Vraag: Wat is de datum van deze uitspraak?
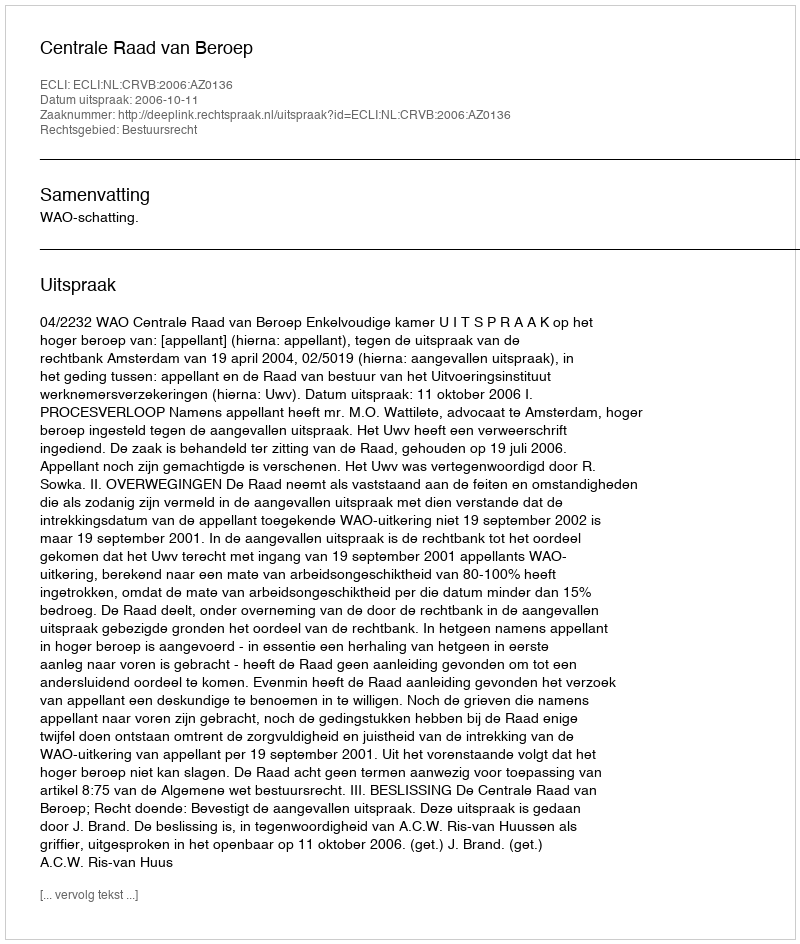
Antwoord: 2006-10-11